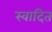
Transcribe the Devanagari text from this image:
स्वादित